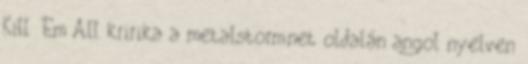
Kill 'Em All kririka a metalstorm.net oldalán angol nyelven